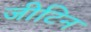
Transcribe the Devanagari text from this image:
जीटिन